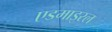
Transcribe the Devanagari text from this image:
एडमाइरल